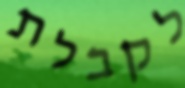
לקבלת